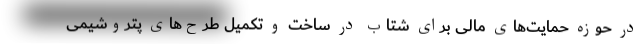
در حوزه حمایت‌های مالی برای شتاب در ساخت و تکمیل طرح‌های پتروشیمی